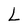
Character: L